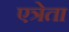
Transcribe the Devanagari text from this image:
एत्रेता